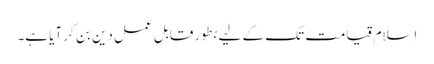
اِسلام قیامت تک کے لیے بطور قابلِ عمل دین بن کر آیا ہے۔